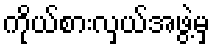
ကိုယ်စားလှယ်အဖွဲ့မှ